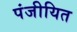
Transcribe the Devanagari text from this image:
पंजीयित